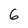
Character: 6